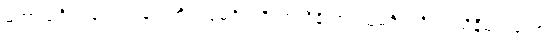
မဟာသင်္ဂါယနာတင်ခြင်းကို။ သုမင်္ဂလဝိလာသိနိယာ၊ သုမင်္ဂလဝိလာသိနီမည်သော။